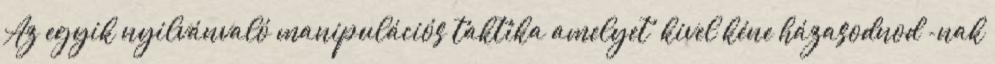
Az egyik nyilvánvaló manipulációs taktika amelyet „kivel kéne házasodnod”-nak